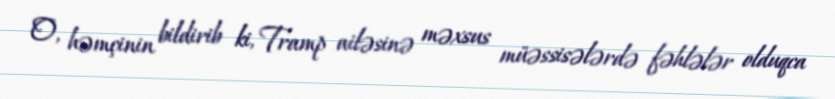
O, həmçinin bildirib ki, Tramp ailəsinə məxsus müəssisələrdə fəhlələr olduqca